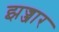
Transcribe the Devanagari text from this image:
झज्जार